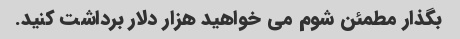
بگذار مطمئن شوم می خواهید هزار دلار برداشت کنید.